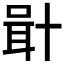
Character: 𠦫